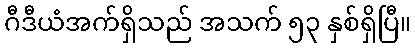
ဂီဒီယံအက်ရှိသည် အသက် ၅၃ နှစ်ရှိပြီ။